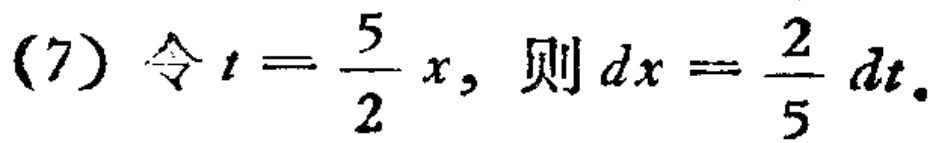
(7) 令 \(t = \frac{5}{2}x\)，则 \(dx = \frac{2}{5}dt\)。